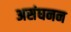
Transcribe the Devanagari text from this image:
असंघनन